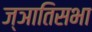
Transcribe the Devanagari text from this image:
ज्ञातिसभा